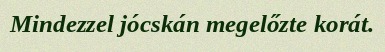
Mindezzel jócskán megelőzte korát.